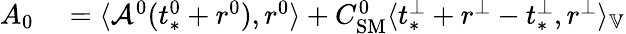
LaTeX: \begin{array}{rl}{A_{0}}&{{}=\langle\mathcal{A}^{0}(t_{*}^{0}+r^{0}),r^{0}\rangle+C_{\mathrm{SM}}^{0}\langle t_{*}^{\perp}+r^{\perp}-t_{*}^{\perp},r^{\perp}\rangle_{\mathbb{V}}}\end{array}